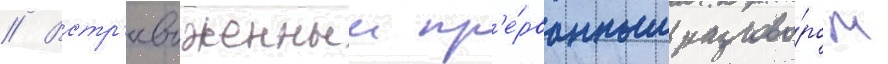
// Встр'евоженныи пр'е́рванным разгово́ром